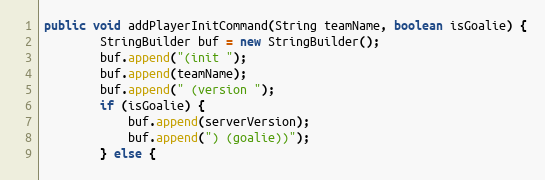
Language: Java
public void addPlayerInitCommand(String teamName, boolean isGoalie) {
        StringBuilder buf = new StringBuilder();
        buf.append("(init ");
        buf.append(teamName);
        buf.append(" (version ");
        if (isGoalie) {
            buf.append(serverVersion);
            buf.append(") (goalie))");
        } else {